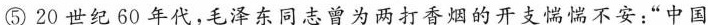
⑤20世纪60年代，毛泽东同志曾为两打香烟的开支惴惴不安：”中国